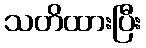
သတိထားပြီး